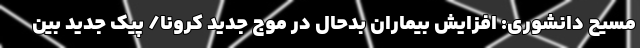
مسیح دانشوری: افزایش بیماران بدحال در موج جدید کرونا/ پیک جدید بین